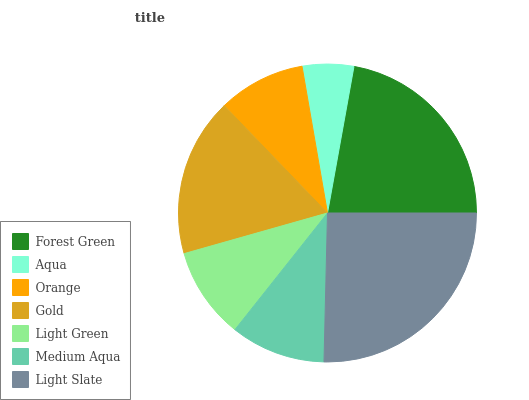
| Forest Green | Aqua | Orange | Gold | Light Green | Medium Aqua | Light Slate |
 | --- | --- | --- | --- | --- | --- | --- |
 | 22.2% | 5.58% | 9.47% | 17.2% | 9.94% | 10.3% | 25.3% |